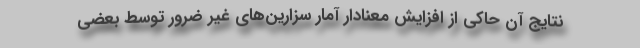
نتایج آن حاکی از افزایش معنادار آمار سزارین‌های غیر ضرور توسط بعضی